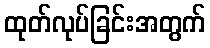
ထုတ်လုပ်ခြင်းအတွက်